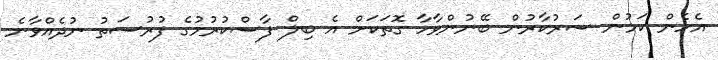
އެހެން ކަމުން ސަރުކާރުން ބޭނުންވާހާ ގޮތަކަށް އެ ބިލް ފާސްކުރުމުގެ ފުރުސަތު ނުދެއްވާނެ